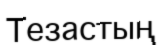
Тезастың